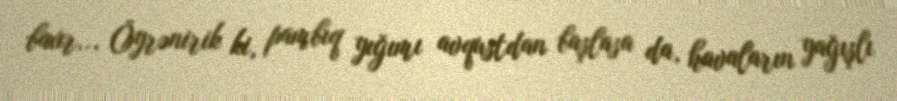
baxır... Öyrənirik ki, pambıq yığımı avqustdan başlasa da, havaların yağışlı